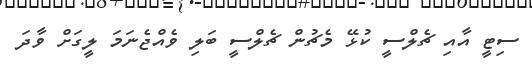
ސިޓީ އާއި ޗެލްސީ ކުޅޭ މެޗުން ޗެލްސީ ބަލި ވެއްޖެނަމަ ލީގަށް ވާދަ